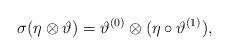
LaTeX: \begin{align*} \sigma(\eta\otimes\vartheta)= \vartheta^{(0)} \otimes (\eta \circ \vartheta^{(1)}), \end{align*}